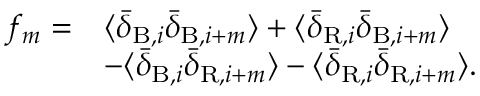
\begin{array} { r l } { f _ { m } = } & { \langle \bar { \delta } _ { \mathrm { B } , i } \bar { \delta } _ { \mathrm { B } , i + m } \rangle + \langle \bar { \delta } _ { \mathrm { R } , i } \bar { \delta } _ { \mathrm { B } , i + m } \rangle } \\ & { - \langle \bar { \delta } _ { \mathrm { B } , i } \bar { \delta } _ { \mathrm { R } , i + m } \rangle - \langle \bar { \delta } _ { \mathrm { R } , i } \bar { \delta } _ { \mathrm { R } , i + m } \rangle . } \end{array}